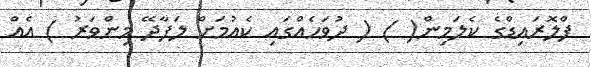
ފްލޮރައިޑްގެ ކެލަމިން( ) ( ދުވަހެއްގައި ކެއުމަށް ލަފާދޭ މިންވަރު ) އެއް